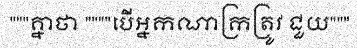
"""គ្នាថា """"បើអ្នកណាក្រត្រូវ ជួយ"""